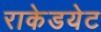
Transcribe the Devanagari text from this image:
राकेडयेट